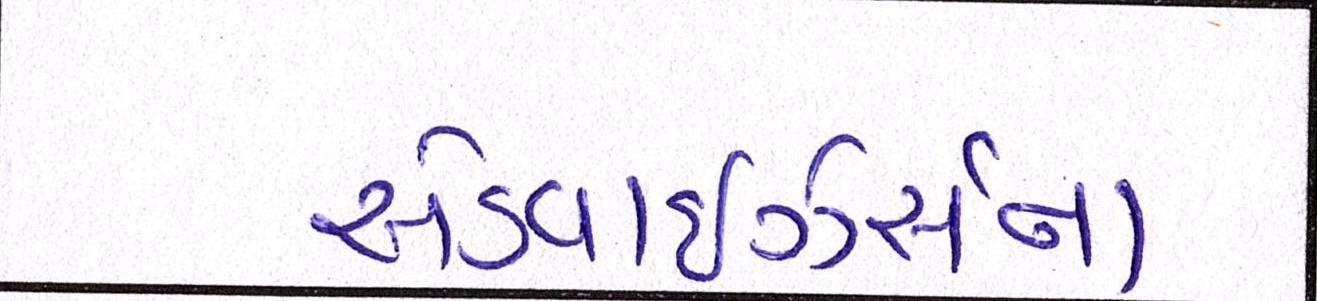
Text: એડ્વાઇઝર્સના